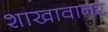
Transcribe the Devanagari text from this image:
शाखावानर